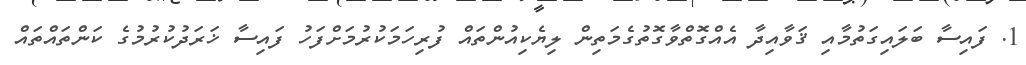
1. ފައިސާ ބަލައިގަތުމާއި ޤަވާއިދާ އެއްގޮތްވާގޮތުގެމަތިން ލިޔެކިއުންތައް ފުރިހަމަކުރުމަށްފަހު ފައިސާ ޚަރަދުކުރުމުގެ ކަންތައްތައް